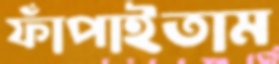
ফাঁপাইতাম